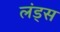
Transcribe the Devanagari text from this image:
लंड्स